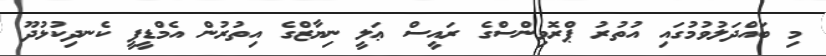
މި ބައްދަލުވުމުގައި އުތުރު ޕްރޮވިންސްގެ ރައީސް ޢަލީ ނިޔާޒްގެ އިތުރުން އެމްޑީޕީ ކެނދިކުޅުދޫ